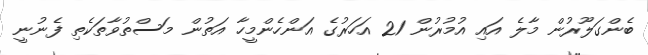
ބެންގަލޫރުން މާލެ އައި އުމުރުން 21 އަހަރުގެ އަންހެންމީހާ އަތުން މަސްތުވާތަކެތި ފެނުނީ